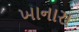
ખાનારા